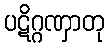
ပဋိဂ္ဂဏှာတု